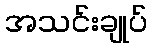
အသင်းချုပ်